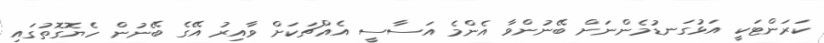
ކަރަންޓަކީ އަޅުގަނޑުމެންނަށް ބޭނުންވާ އެންމެ އަސާސީ އެއްޗަކަށް ވާއިރު އޭގެ ބޭނުން ހެޔޮގޮތުގައި